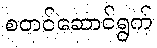
စတင်ဆောင်ရွက်